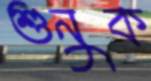
শুনুক